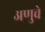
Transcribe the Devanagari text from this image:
अणुचे